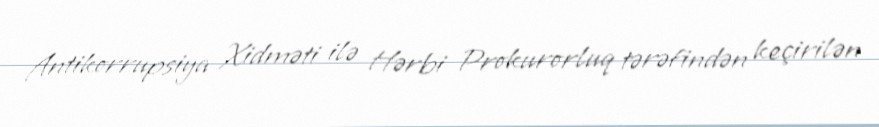
Antikorrupsiya Xidməti ilə Hərbi Prokurorluq tərəfindən keçirilən